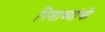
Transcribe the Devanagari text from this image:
पिशाच्च्यांची